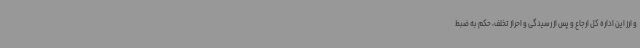
و ارز این اداره کل ارجاع و پس از رسیدگی و احراز تخلف، حکم به ضبط